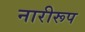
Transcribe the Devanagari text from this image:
नारीरूप